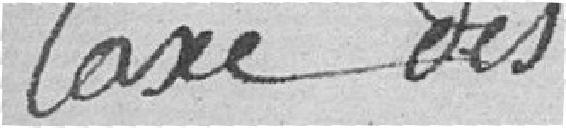
Taxe des